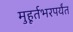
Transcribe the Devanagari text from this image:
मुहूर्तभरपर्यंत